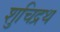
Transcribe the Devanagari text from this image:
शुचिद्रथ